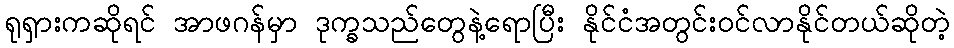
ရုရှားကဆိုရင် အာဖဂန်မှာ ဒုက္ခသည်တွေနဲ့ရောပြီး နိုင်ငံအတွင်းဝင်လာနိုင်တယ်ဆိုတဲ့